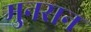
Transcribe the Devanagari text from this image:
मुनसन